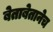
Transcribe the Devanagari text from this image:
बेताबेतानेच